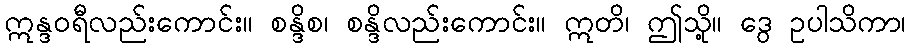
ဣန္ဒဝရီလည်းကောင်း။ စန္ဒိစ၊ စန္ဒိလည်းကောင်း။ ဣတိ၊ ဤသို့။ ဒွေ ဥပါသိကာ၊